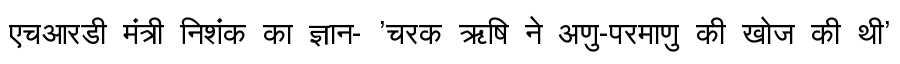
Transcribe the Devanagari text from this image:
एचआरडी मंत्री निशंक का ज्ञान- 'चरक ऋषि ने अणु-परमाणु की खोज की थी'